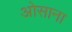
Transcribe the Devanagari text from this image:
ओसाना